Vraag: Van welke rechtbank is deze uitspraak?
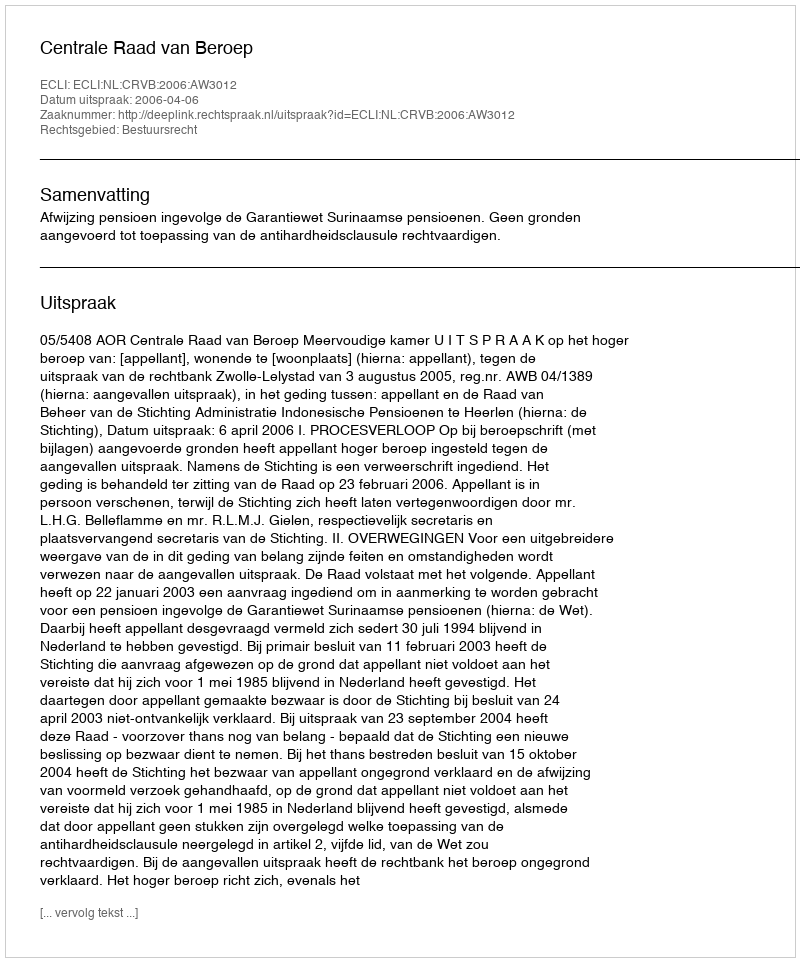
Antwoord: Centrale Raad van Beroep